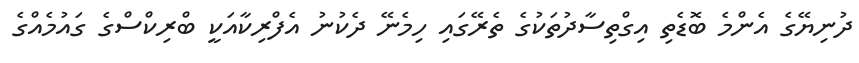
ދުނިޔޭގެ އެންމެ ބޮޑެތި އިގްތިސާދުތަކުގެ ތެރޭގައި ހިމެނޭ ދެކުނު އެފްރިކާއަކީ ބްރިކްސްގެ ގައުމެއްގެ